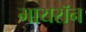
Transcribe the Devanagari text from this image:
मायरॉन